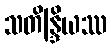
သတိန္ဒြိယဿ